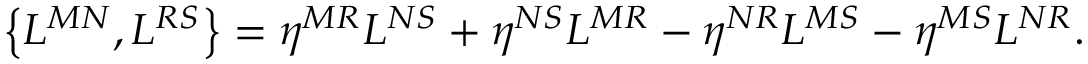
\left\{ L ^ { M N } , L ^ { R S } \right\} = \eta ^ { M R } L ^ { N S } + \eta ^ { N S } L ^ { M R } - \eta ^ { N R } L ^ { M S } - \eta ^ { M S } L ^ { N R } .